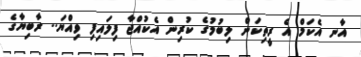
އާނ އެކަމް އެ ރީތިކަން ލިބުމުގެ ކުރިން އެކުއްޖާ ފިލައިފި ވިއްޔަ.. ރާބިޔާގެ